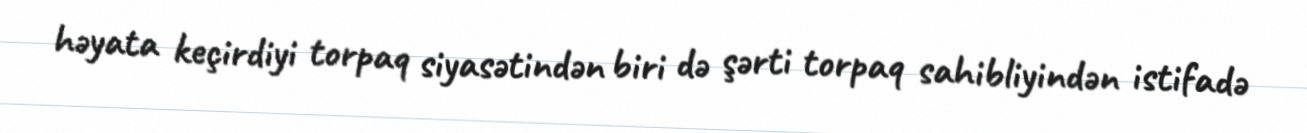
həyata keçirdiyi torpaq siyasətindən biri də şərti torpaq sahibliyindən istifadə